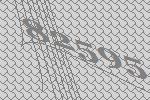
82595